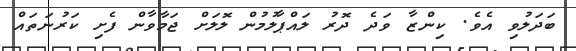
ބަދަލުވި އެވެ. ކިންޒާ ވަދެ ދޮރު ލައްޕާލުމުން ލޮލަށް ޖަމާވާން ފެށި ކަރުނަތައް